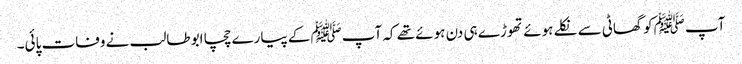
آپ ﷺکو گھاٹی سے نکلے ہوئے تھوڑے ہی دن ہوئے تھے کہ آپﷺ کے پیارے چچا ابو طالب نے وفات پائی۔